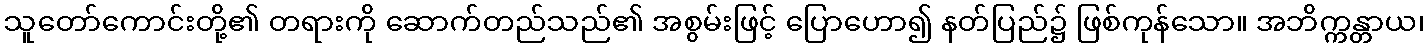
သူတော်ကောင်းတို့၏ တရားကို ဆောက်တည်သည်၏ အစွမ်းဖြင့် ပြောဟော၍ နတ်ပြည်၌ ဖြစ်ကုန်သော။ အဘိက္ကန္တာယ၊